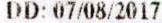
DD: 07/08/2017